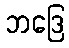
ဘဒြေ